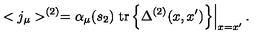
< j _ { \mu } > ^ { ( 2 ) } = \alpha _ { \mu } ( s _ { 2 } ) \left. \mathrm { t r } \left\{ \Delta ^ { ( 2 ) } ( x , x ^ { \prime } ) \right\} \right| _ { x = x ^ { \prime } } .